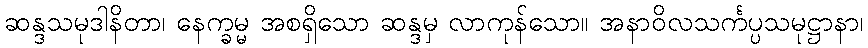
ဆန္ဒသမုဒါနိတာ၊ နေက္ခမ္မ အစရှိသော ဆန္ဒမှ လာကုန်သော။ အနာဝိလသင်္ကပ္ပသမုဋ္ဌာနာ၊